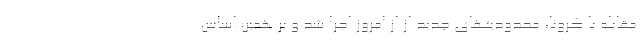
مقابله با کرونا، محدودیتهای جدید از از امروز اجرا شد و بر همین اساس